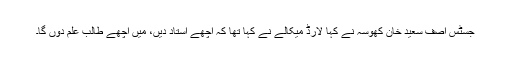
جسٹس آصف سعید خان کھوسہ نے کہا لارڈ میکالے نے کہا تھا کہ اچھے استاد دیں، میں اچھے طالب علم دوں گا۔